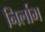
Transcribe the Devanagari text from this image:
निर्लाभ